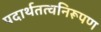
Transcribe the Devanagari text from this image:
पदार्थतत्वनिरूपण